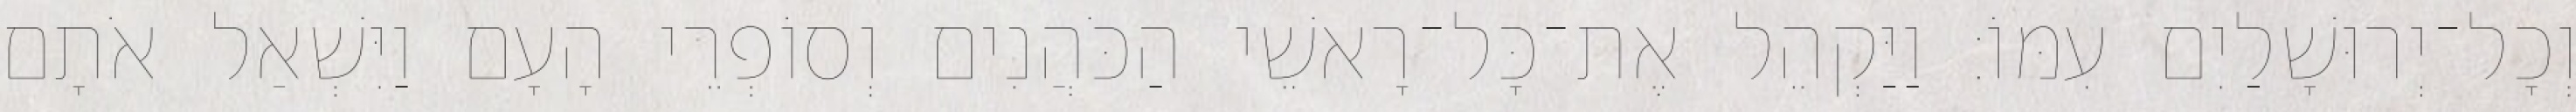
וְכָל־יְרוּשָׁלַיִם עִמּוֹ׃ וַיַּקְהֵל אֶת־כָּל־רָאשֵׁי הַכֹּהֲנִים וְסוֹפְרֵי הָעָם וַיִּשְׁאַל אֹתָם